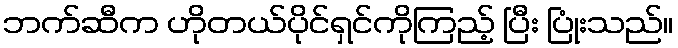
ဘက်ဆီက ဟိုတယ်ပိုင်ရှင်ကိုကြည့် ပြီး ပြုံးသည်။